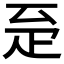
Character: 𤴖